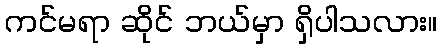
ကင်မရာ ဆိုင် ဘယ်မှာ ရှိပါသလား။